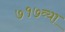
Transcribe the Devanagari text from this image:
७१७व्या